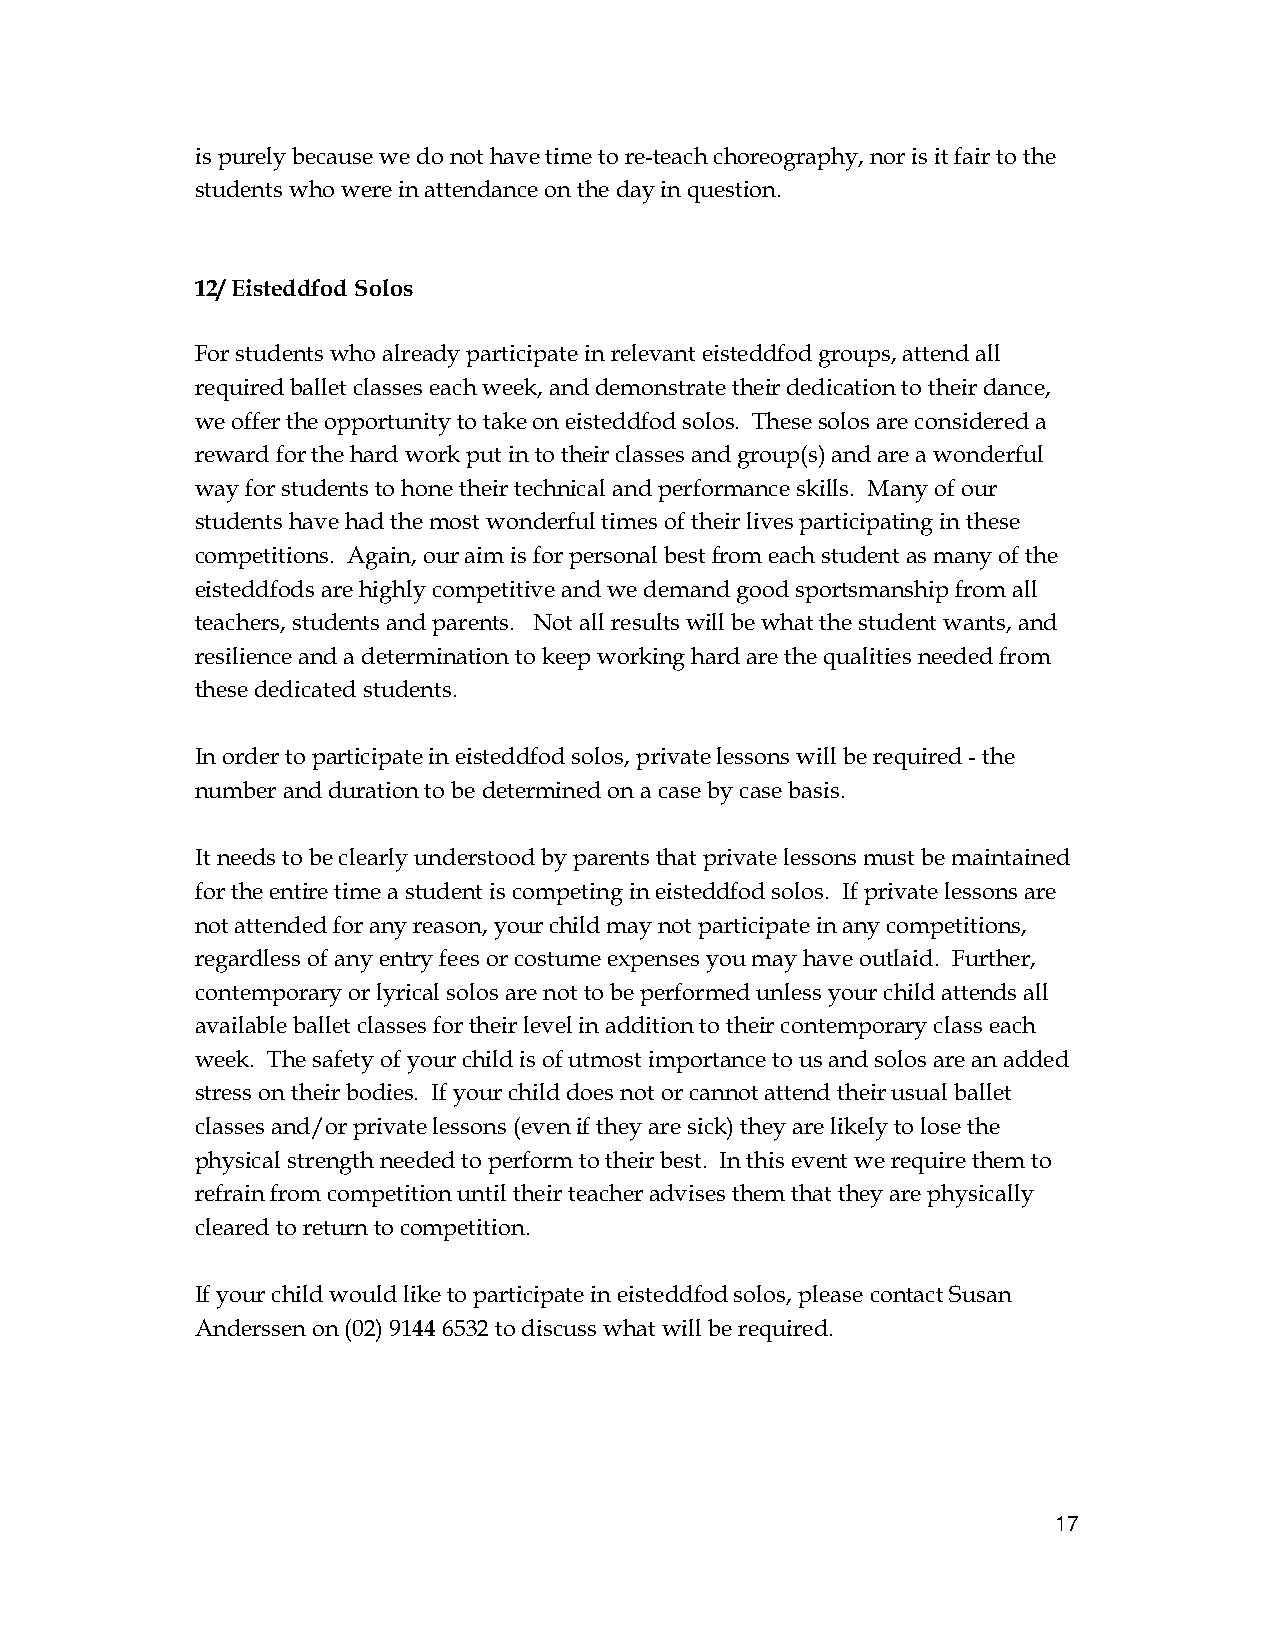
is purely because we do not have time to re-teach choreography, nor is it fair to the
 students who were in attendance on the day in question.
 12/ Eisteddfod Solos
 For students who already participate in relevant eisteddfod groups, attend all
 required ballet classes each week, and demonstrate their dedication to their dance,
 we offer the opportunity to take on eisteddfod solos. These solos are considered a
 reward for the hard work put in to their classes and group(s) and are a wonderful
 way for students to hone their technical and performance skills. Many of our
 students have had the most wonderful times of their lives participating in these
 competitions. Again, our aim is for personal best from each student as many of the
 eisteddfods are highly competitive and we demand good sportsmanship from all
 teachers, students and parents. Not all results will be what the student wants, and
 resilience and a determination to keep working hard are the qualities needed from
 these dedicated students.
 In order to participate in eisteddfod solos, private lessons will be required - the
 number and duration to be determined on a case by case basis.
 It needs to be clearly understood by parents that private lessons must be maintained
 for the entire time a student is competing in eisteddfod solos. If private lessons are
 not attended for any reason, your child may not participate in any competitions,
 regardless of any entry fees or costume expenses you may have outlaid. Further,
 contemporary or lyrical solos are not to be performed unless your child attends all
 available ballet classes for their level in addition to their contemporary class each
 week. The safety of your child is of utmost importance to us and solos are an added
 stress on their bodies. If your child does not or cannot attend their usual ballet
 classes and/or private lessons (even if they are sick) they are likely to lose the
 physical strength needed to perform to their best. In this event we require them to
 refrain from competition until their teacher advises them that they are physically
 cleared to return to competition.
 If your child would like to participate in eisteddfod solos, please contact Susan
 Anderssen on (02) 9144 6532 to discuss what will be required.
 17